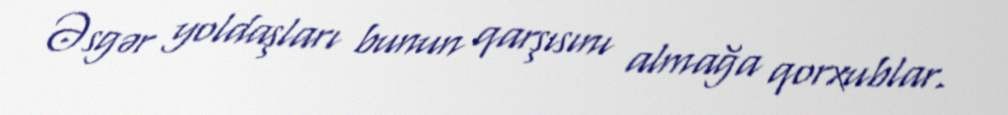
Əsgər yoldaşları bunun qarşısını almağa qorxublar.